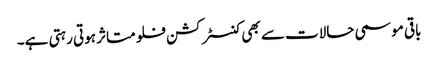
باقی موسمی حالات سے بھی کنسٹرکشن فلو متاثر ہوتی رہتی ہے۔